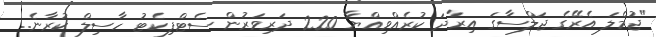
"ޖުމްލަ އެރޭގެ ޖަލްސާގަ އިރާދަ ކުރެއްވިއްޔާ 220 ދަރިވަރުން ސެޓްފިކެޓު ހާސިލް ކުރާނެ..